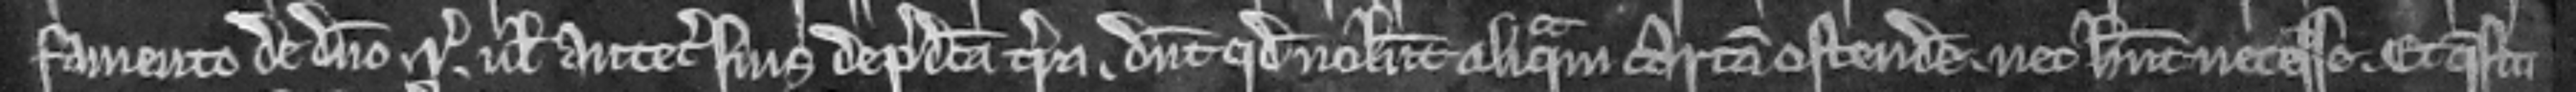
famento de domino rege vel antecessoribus suis de predicta terra dicunt quod nolunt aliquam cartam ostendere nec habent necesse. Et quesiti